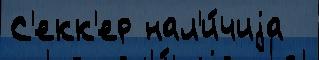
С'екк'ер нал'и́чиjа